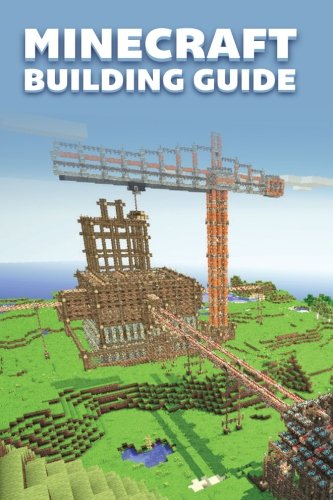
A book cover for Minecraft Building Guide; Innovate Media; Humor & Entertainment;